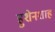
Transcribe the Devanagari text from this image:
हुशेनशाह